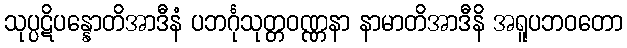
သုပ္ပဋိပန္နောတိအာဒီနံ ပဘင်္ဂုသုတ္တဝဏ္ဏနာ နာမာတိအာဒီနိ အရူပဘဝတော